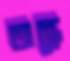
অন্ধ্রে